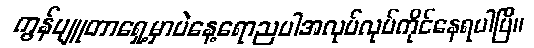
ကွန်ပျူတာရှေ့မှာပဲနေ့ရောညပါအလုပ်လုပ်ကိုင်နေရပါပြီ။